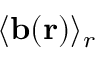
\langle \mathbf { b ( r ) } \rangle _ { r }